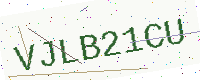
Text: VJLB21CU